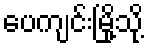
ပေကျင်းမြို့သို့